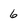
Character: 6